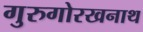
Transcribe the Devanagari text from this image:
गुरुगोरखनाथ